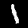
Digit: 1